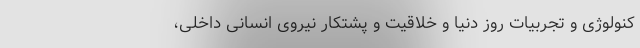
کنولوژی و تجربیات روز دنیا و خلاقیت و پشتکار نیروی انسانی داخلی،